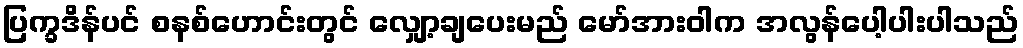
ပြက္ခဒိန်ပင် စနစ်ဟောင်းတွင် လျှော့ချပေးမည် မော်အားဝါက အလွန်ပေါ့ပါးပါသည်